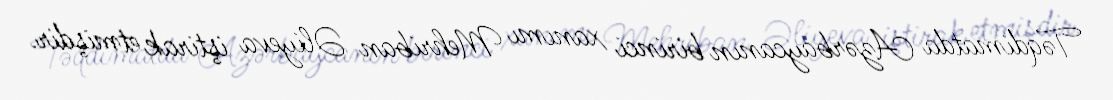
Təqdimatda Azərbaycanın birinci xanımı Mehriban Əliyeva iştirak etmişdir.